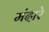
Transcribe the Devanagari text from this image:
मंदारे